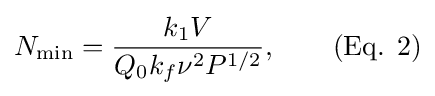
N_{\text{min}}={\frac {k_{1}V}{Q_{0}k_{f}\nu ^{2}P^{1/2}}},\qquad {\text{(Eq. 2)}}